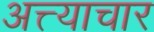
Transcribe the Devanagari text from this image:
अत्त्याचार